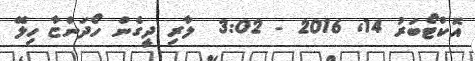
އޮކްޓޯބަރު 14